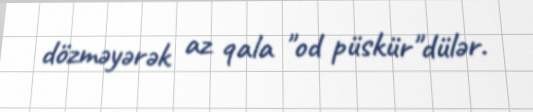
dözməyərək az qala "od püskür"dülər.